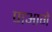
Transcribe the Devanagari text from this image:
पाआगे